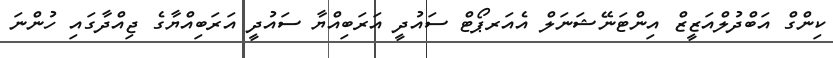
ކިންގް އަބްދުލްއަޒީޒް އިންޓަނޭޝަނަލް އެއަރޕޯޓް ސައުދީ އަރަބިއްޔާ ސައުދީ އަރަބިއްޔާގެ ޖިއްދާގައި ހުންނަ